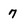
Character: 7